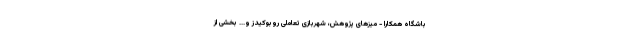
باشگاه همکارا - میزهای پژوهش، شهربازی تعاملی روبوکیدز و... بخشی از